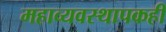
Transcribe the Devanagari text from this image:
महाव्यवस्थापकही